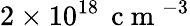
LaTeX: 2\times 10^{18}\, \mathrm{~c~m~}^{-3}